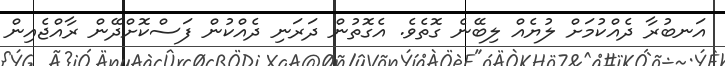
އަނބުރާ ދެއްކުމަށް ލުޔެއް ލިބޭނެ ގޮތެވެ. އެގޮތުން ދަރަނި ދެއްކުން ފަސްކޮށްދޭން ރާއްޖެއިން